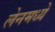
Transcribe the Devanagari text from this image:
लेनमध्ये